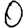
Digit: 0